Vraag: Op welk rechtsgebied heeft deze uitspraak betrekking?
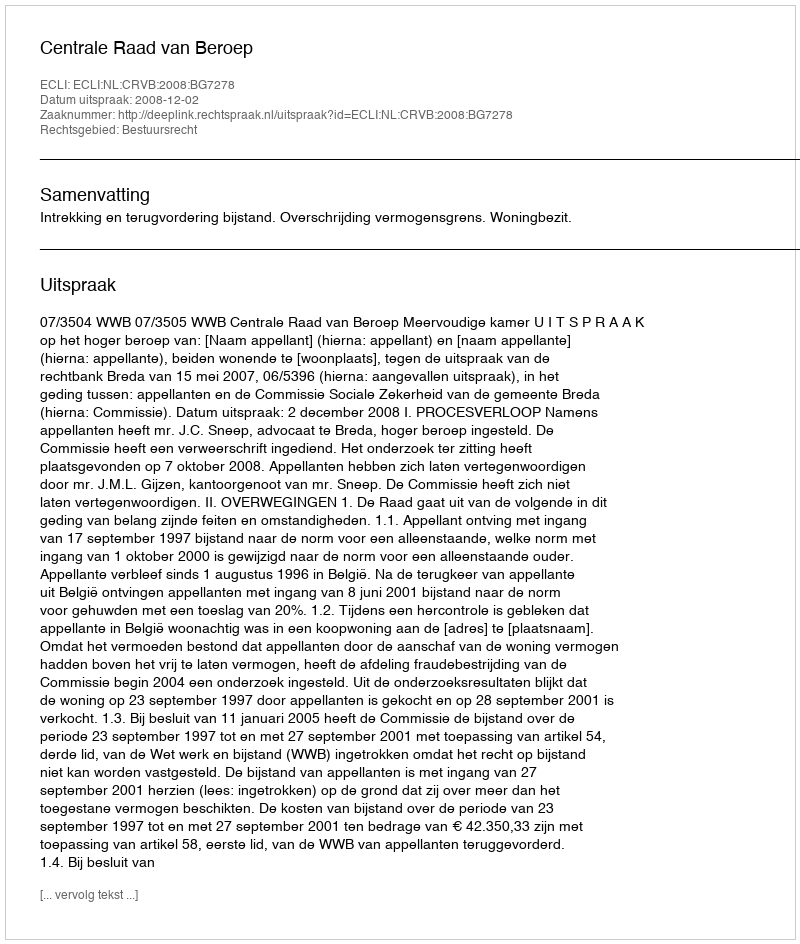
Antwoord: Bestuursrecht